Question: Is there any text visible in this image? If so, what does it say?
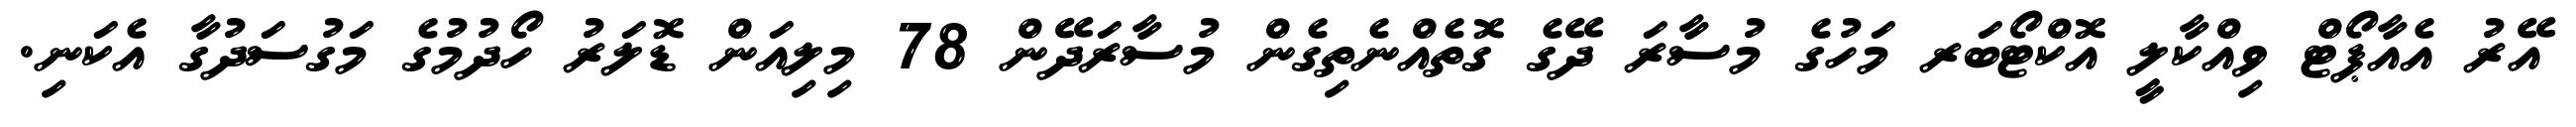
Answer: އޭރު އެއާޕޯޓް ވިއްކާލީ އޮކްޓޯބަރ މަހުގެ މުސާރަ ދޭގެ ގޮތެއްނެތިގެން މުސާރަދޭން 78 މިލިއަން ޑޮލަރު ހޯދުމުގެ މަގުސަދުގާ އެކަނި.